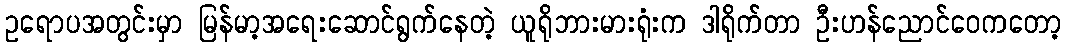
ဥရောပအတွင်းမှာ မြန်မာ့အရေးဆောင်ရွက်နေတဲ့ ယူရိုဘားမားရုံးက ဒါရိုက်တာ ဦးဟန်ညောင်ဝေကတော့